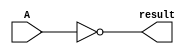
module logical_not (input wire [31:0] A, output wire [31:0] result);
	
	assign result = ~A;

endmodule